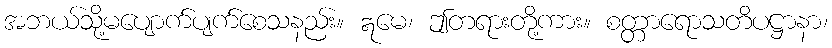
အဘယ်သို့မပျောက်ပျက်စေသနည်း။ ဣမေ၊ ဤတရားတို့ကား။ စတ္တာရောသတိပဋ္ဌာနာ၊